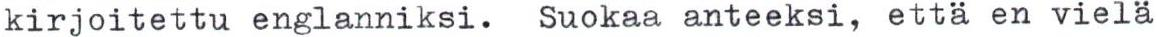
kirjoitettu englanniksi. Suokaa anteeksi, että en vielä